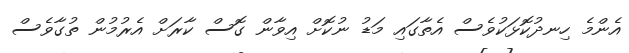
އެންމެ ހިނދުކޮޅަކުވެސް އެތާގައި މަޑު ނުކޮށް އިވާން ގޮސް ކާރަށް އެރުމުން ތުގާވެސް